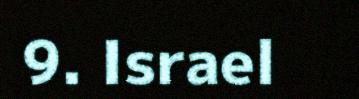
9. Israel